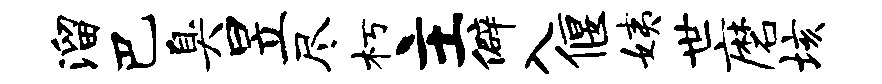
溜巴臭昱尽朽主僻入偃姨世磨垓